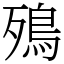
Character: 殦